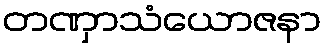
တဏှာသံယောဇနာ